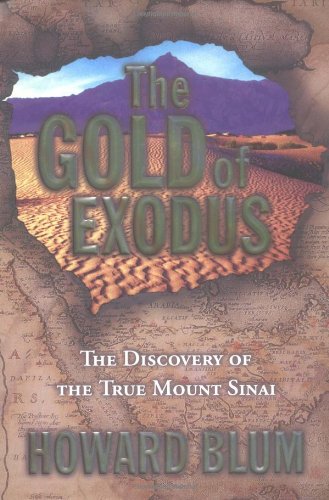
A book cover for The Gold of Exodus; Howard Blum; History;